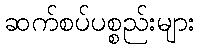
ဆက်စပ်ပစ္စည်းများ